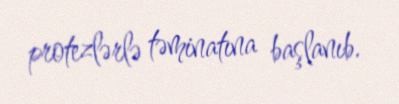
protezlərlə təminatına başlanıb.